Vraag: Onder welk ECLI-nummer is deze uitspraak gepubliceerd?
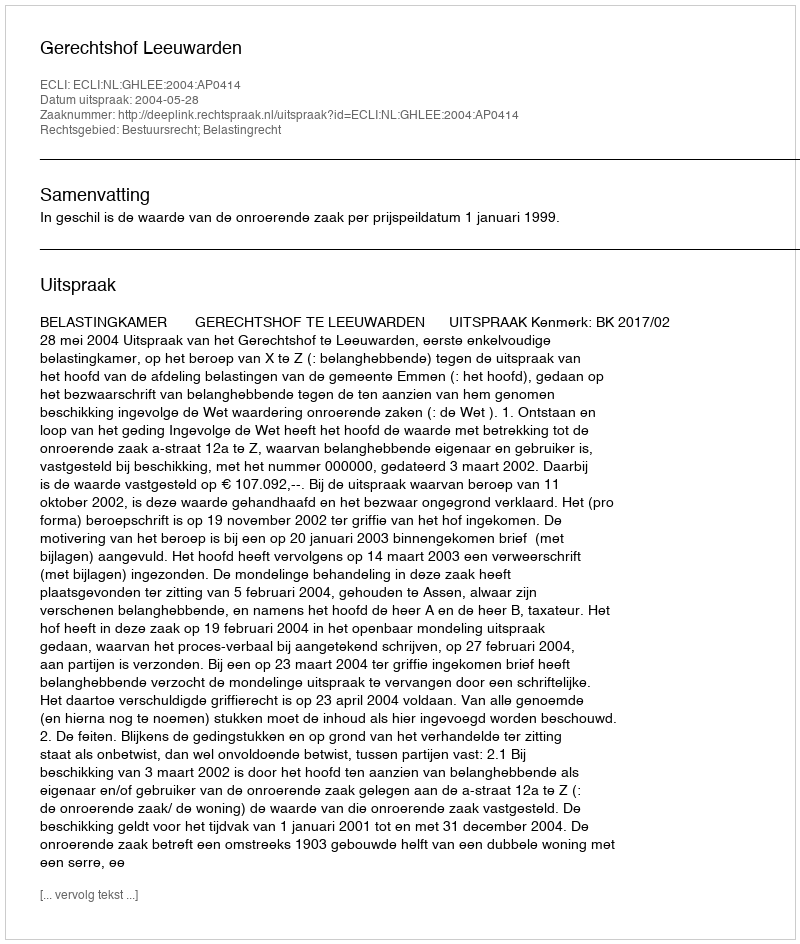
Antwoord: ECLI:NL:GHLEE:2004:AP0414